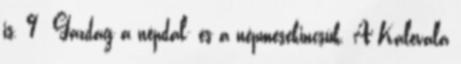
is. 9 Gazdag a népdal- és a népmesekincsük. A Kalevala